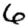
Digit: 6